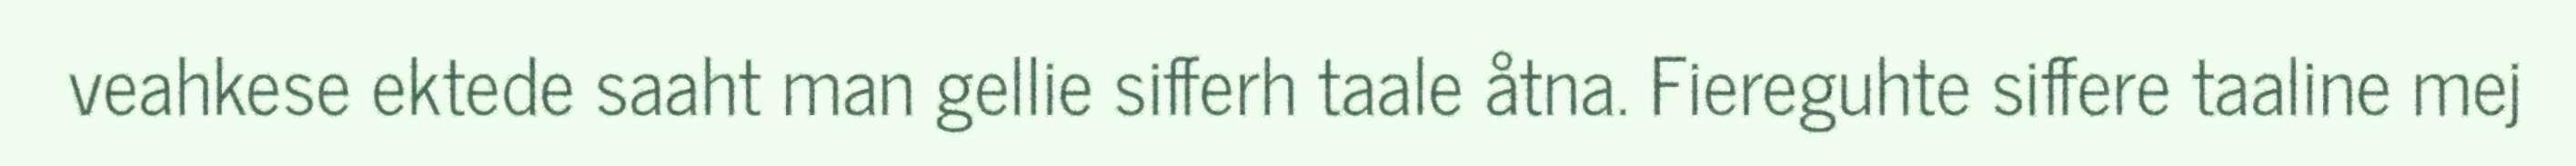
veahkese ektede saaht man gellie sifferh taale åtna. Fiereguhte siffere taaline mej